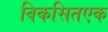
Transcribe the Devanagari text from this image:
विकसितएक